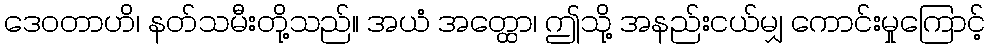
ဒေဝတာဟိ၊ နတ်သမီးတို့သည်။ အယံ အတ္ထော၊ ဤသို့ အနည်းငယ်မျှ ကောင်းမှုကြောင့်